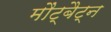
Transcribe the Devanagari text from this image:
मौंट्बैट्न